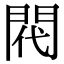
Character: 𫔟